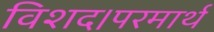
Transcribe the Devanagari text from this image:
विशद।परमार्थ